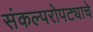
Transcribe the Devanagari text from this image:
संकल्परोपट्याचे